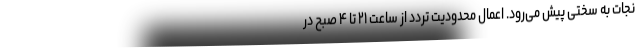
نجات به سختی پیش می‌رود. اعمال محدودیت تردد از ساعت ۲۱ تا ۴ صبح در